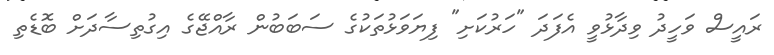
ރައީސް ވަހީދު ވިދާޅުވީ އެފަދަ "ހަރުކަށި" ފިޔަވަޅުތަކުގެ ސަބަބުން ރާއްޖޭގެ އިގުތިސާދަށް ބޮޑެތި